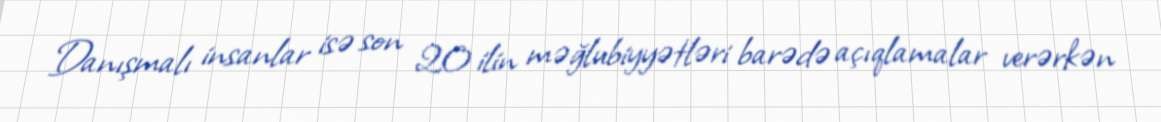
Danışmalı insanlar isə son 20 ilin məğlubiyyətləri barədə açıqlamalar verərkən